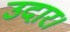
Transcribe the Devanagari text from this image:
उदार।